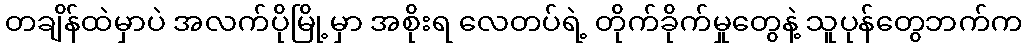
တချိန်ထဲမှာပဲ အလက်ပိုမြို့မှာ အစိုးရ လေတပ်ရဲ့ တိုက်ခိုက်မှုတွေနဲ့ သူပုန်တွေဘက်က